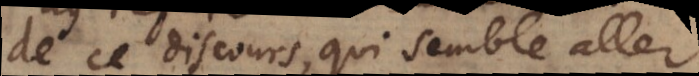
de ce discours, qui semble aller